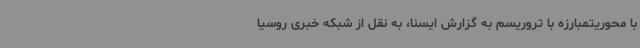
با محوریتمبارزه با تروریسم به گزارش ایسنا، به نقل از شبکه خبری روسیا